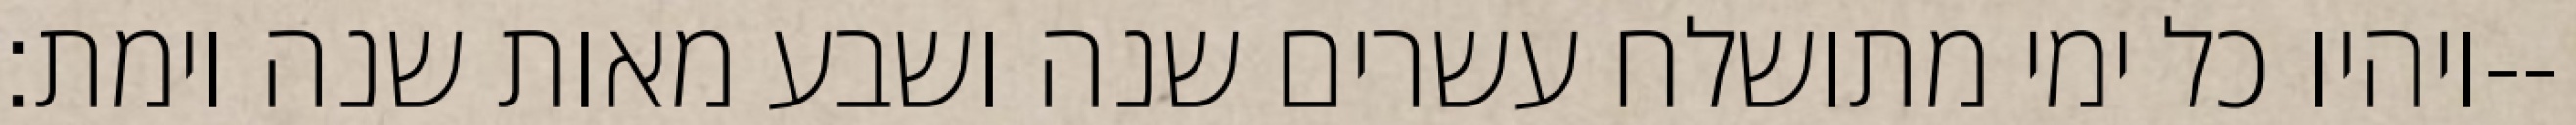
ויהיו כל ימי מתושלח עשרים שנה ושבע מאות שנה וימת׃--